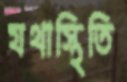
যথাস্থিতি